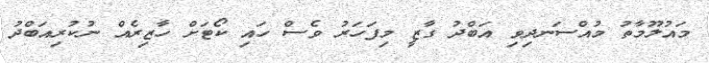
މައުލޫމާތު މުއްސަނދިވި އަބްދު ގާޒީ މިފަހަރު ވެސް ހައި ކޯޓަށް ހާޒިރެއް ނުކުރިއަބްދު